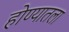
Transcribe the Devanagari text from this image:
होण्यातला